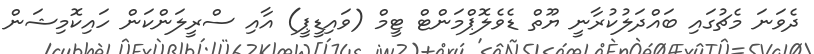
ދެވަނަ މެޗުގަައި ބައްދަލުކުރާނީ ޔޫތް ޑެވެލޮޕްމަންޓް ޓީމް (ވައިޑީޕީ) އާއި ސްރީލަންކަން ހައިކޮމިޝަން